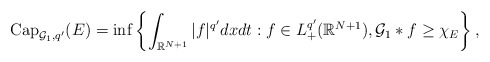
\begin{align*} \operatorname{Cap}_{\mathcal{G}_1,q'}(E)=\inf\left\{\int_{\mathbb{R}^{N+1}}|f|^{q'}dxdt: f\in L^{q'}_+(\mathbb{R}^{N+1}), \mathcal{G}_1*f\geq \chi_E\right\}, \end{align*}